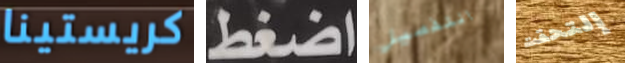
كريستينا اضغط التفصيل إلتحقت